Problem: 33 + 40 = ?
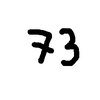
Handwritten answer: 73